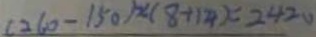
( 2 6 0 - 1 5 0 ) \times ( 8 + 1 4 ) = 2 4 2 0